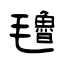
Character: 氌